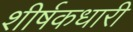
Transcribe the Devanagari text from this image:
शीर्षकधारी